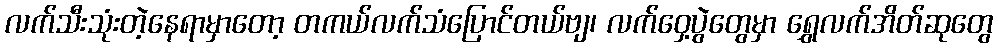
လက်သီးသုံးတဲ့နေရာမှာတော့ တကယ်လက်သံပြောင်တယ်ဗျ၊ လက်ဝှေ့ပွဲတွေမှာ ရွှေလက်အိတ်ဆုတွေ